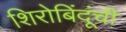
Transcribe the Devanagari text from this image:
शिरोबिंदूंची